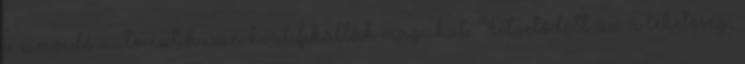
a címvédő automatikusan kvalifikálták magukat. Felvetődött az a lehetőség,